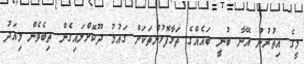
މީގެ އިތުރުން އޭނާ ބުނީ ބައެއްގެ ތަޅާފޮޅުންތަކަށް ގައުމު ދޫކޮށްލައިގެން ތިބެވެން މިއަދު